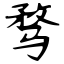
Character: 骛